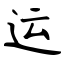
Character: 运